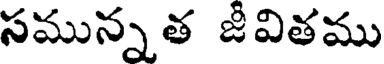
సమున్నత జీవితము